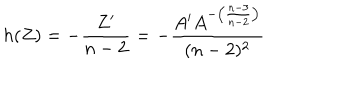
LaTeX: h ( Z ) = - \frac { Z ^ { \prime } } { n - 2 } = - \frac { A ^ { \prime } A ^ { - \left( \frac { n - 3 } { n - 2 } \right) } } { ( n - 2 ) ^ { 2 } }